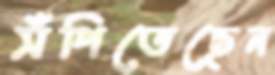
সঁপিতেছেন